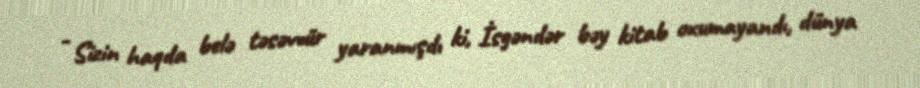
- Sizin haqda belə təsəvvür yaranmışdı ki, İsgəndər bəy kitab oxumayandı, dünya